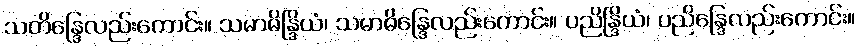
သတိန္ဒြေလည်းကောင်း။ သမာဓိန္ဒြိယံ၊ သမာဓိန္ဒြေလည်းကောင်း။ ပညိန္ဒြိယံ၊ ပညိန္ဒြေလည်းကောင်း။